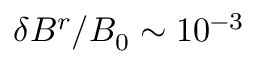
\delta B ^ { r } / B _ { 0 } \sim 1 0 ^ { - 3 }